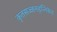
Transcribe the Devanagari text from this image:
कृतसज्जनहृन्निकेत